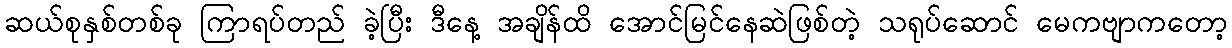
ဆယ်စုနှစ်တစ်ခု ကြာရပ်တည် ခဲ့ပြီး ဒီနေ့ အချိန်ထိ အောင်မြင်နေဆဲဖြစ်တဲ့ သရုပ်ဆောင် မေကဗျာကတော့